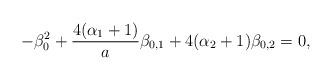
LaTeX: \begin{align*}-\beta^{2}_{0}+\frac{4(\alpha_{1}+1)}{a}\beta_{0,1}+4(\alpha_2+1)\beta_{0,2}=0,\end{align*}